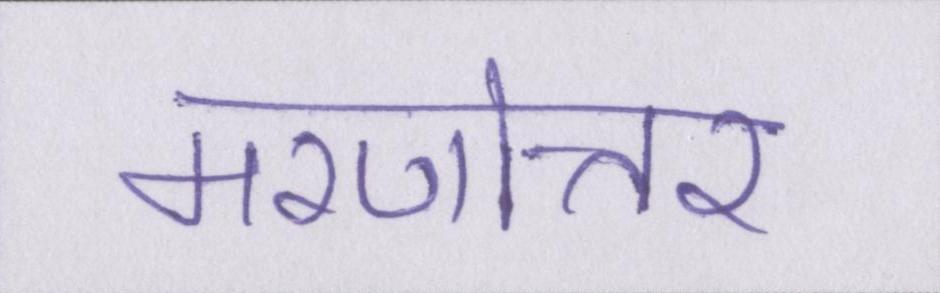
मरणोत्तर